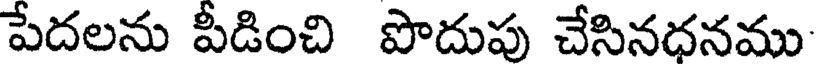
పేదలను పీడించి పొదుపు చేసినధనము